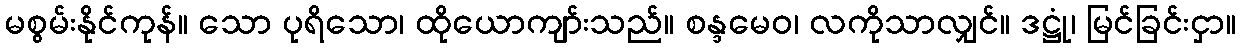
မစွမ်းနိုင်ကုန်။ သော ပုရိသော၊ ထိုယောကျာ်းသည်။ စန္ဒမေဝ၊ လကိုသာလျှင်။ ဒဋ္ဌုံ၊ မြင်ခြင်းငှာ။